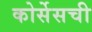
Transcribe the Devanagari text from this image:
कोर्सेसची